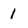
Character: 1